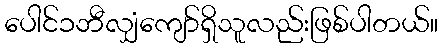
ပေါင်၁ဘီလျှံကျော်ရှိသူလည်းဖြစ်ပါတယ်။